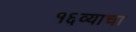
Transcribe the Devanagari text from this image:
१६व्याचा